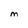
Character: M